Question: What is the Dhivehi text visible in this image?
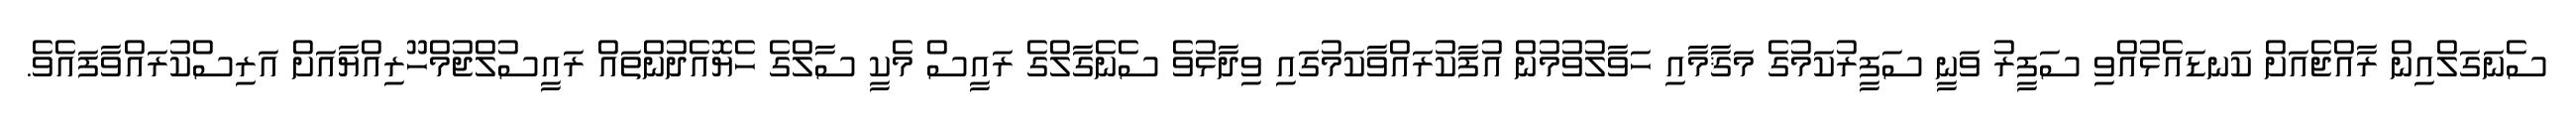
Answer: ސެނަގަލްއިން ރާއްޖެއަށް ކަނޑައެޅުއްވި ސަފީރު ވަނީ ސަފީރުކަމުގެ މަޤާމާއި ހަވާލުވުމުން އުފާކުރައްވާކަމުގައި ވިދާޅުވެ ސެނެގާލްގެ ރައީސް މެކީ ސާލްގެ ހެޔޮއެދުންތައް ރައީސުލްޖުމްހޫރިއްޔާއަށް އަރިސްކުރައްވާފައެވެ.